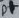
Text: D+